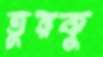
তুরকু